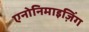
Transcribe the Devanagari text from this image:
एनोनिमाइज़िंग